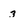
Character: 3